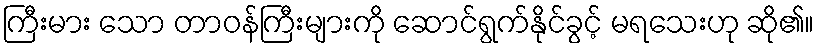
ကြီးမား သော တာဝန်ကြီးများကို ဆောင်ရွက်နိုင်ခွင့် မရသေးဟု ဆို၏။